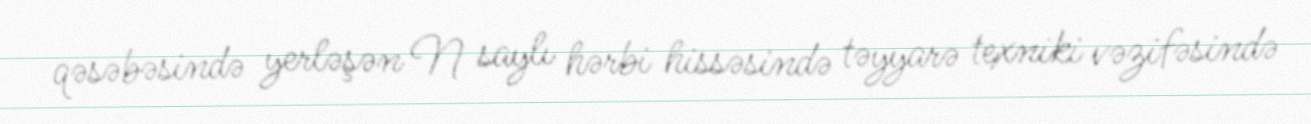
qəsəbəsində yerləşən N saylı hərbi hissəsində təyyarə texniki vəzifəsində